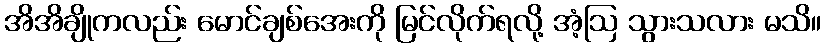
အိအိချိုကလည်း မောင်ချစ်အေးကို မြင်လိုက်ရလို့ အံ့ဩ သွားသလား မသိ။